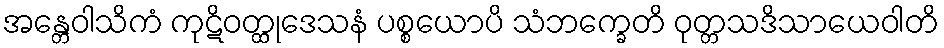
အန္တေဝါသိကံ ကုဋိဝတ္ထုဒေသနံ ပစ္စယောပိ သံဘက္ခေတိ ဝုတ္တသဒိသာယေဝါတိ